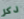
ذكر